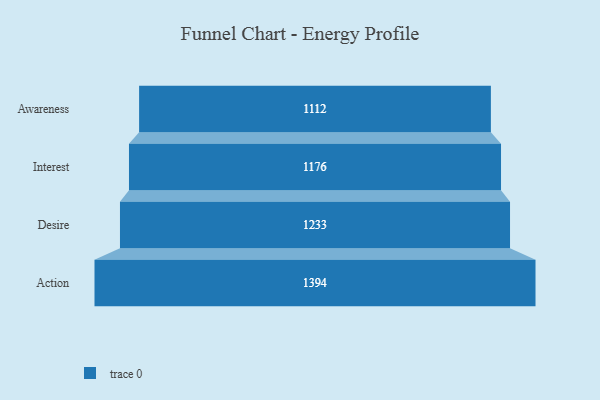
{"axis": {"x": "Stage", "y": "Value"}, "legend": [""], "data": [{"x": "Awareness", "y": 1112.0, "type": ""}, {"x": "Interest", "y": 1176.0, "type": ""}, {"x": "Desire", "y": 1233.0, "type": ""}, {"x": "Action", "y": 1394.0, "type": ""}]}